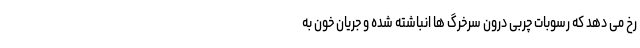
رخ می دهد که رسوبات چربی درون سرخرگ ها انباشته شده و جریان خون به